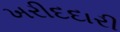
ખરીદદારી